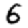
Digit: 6